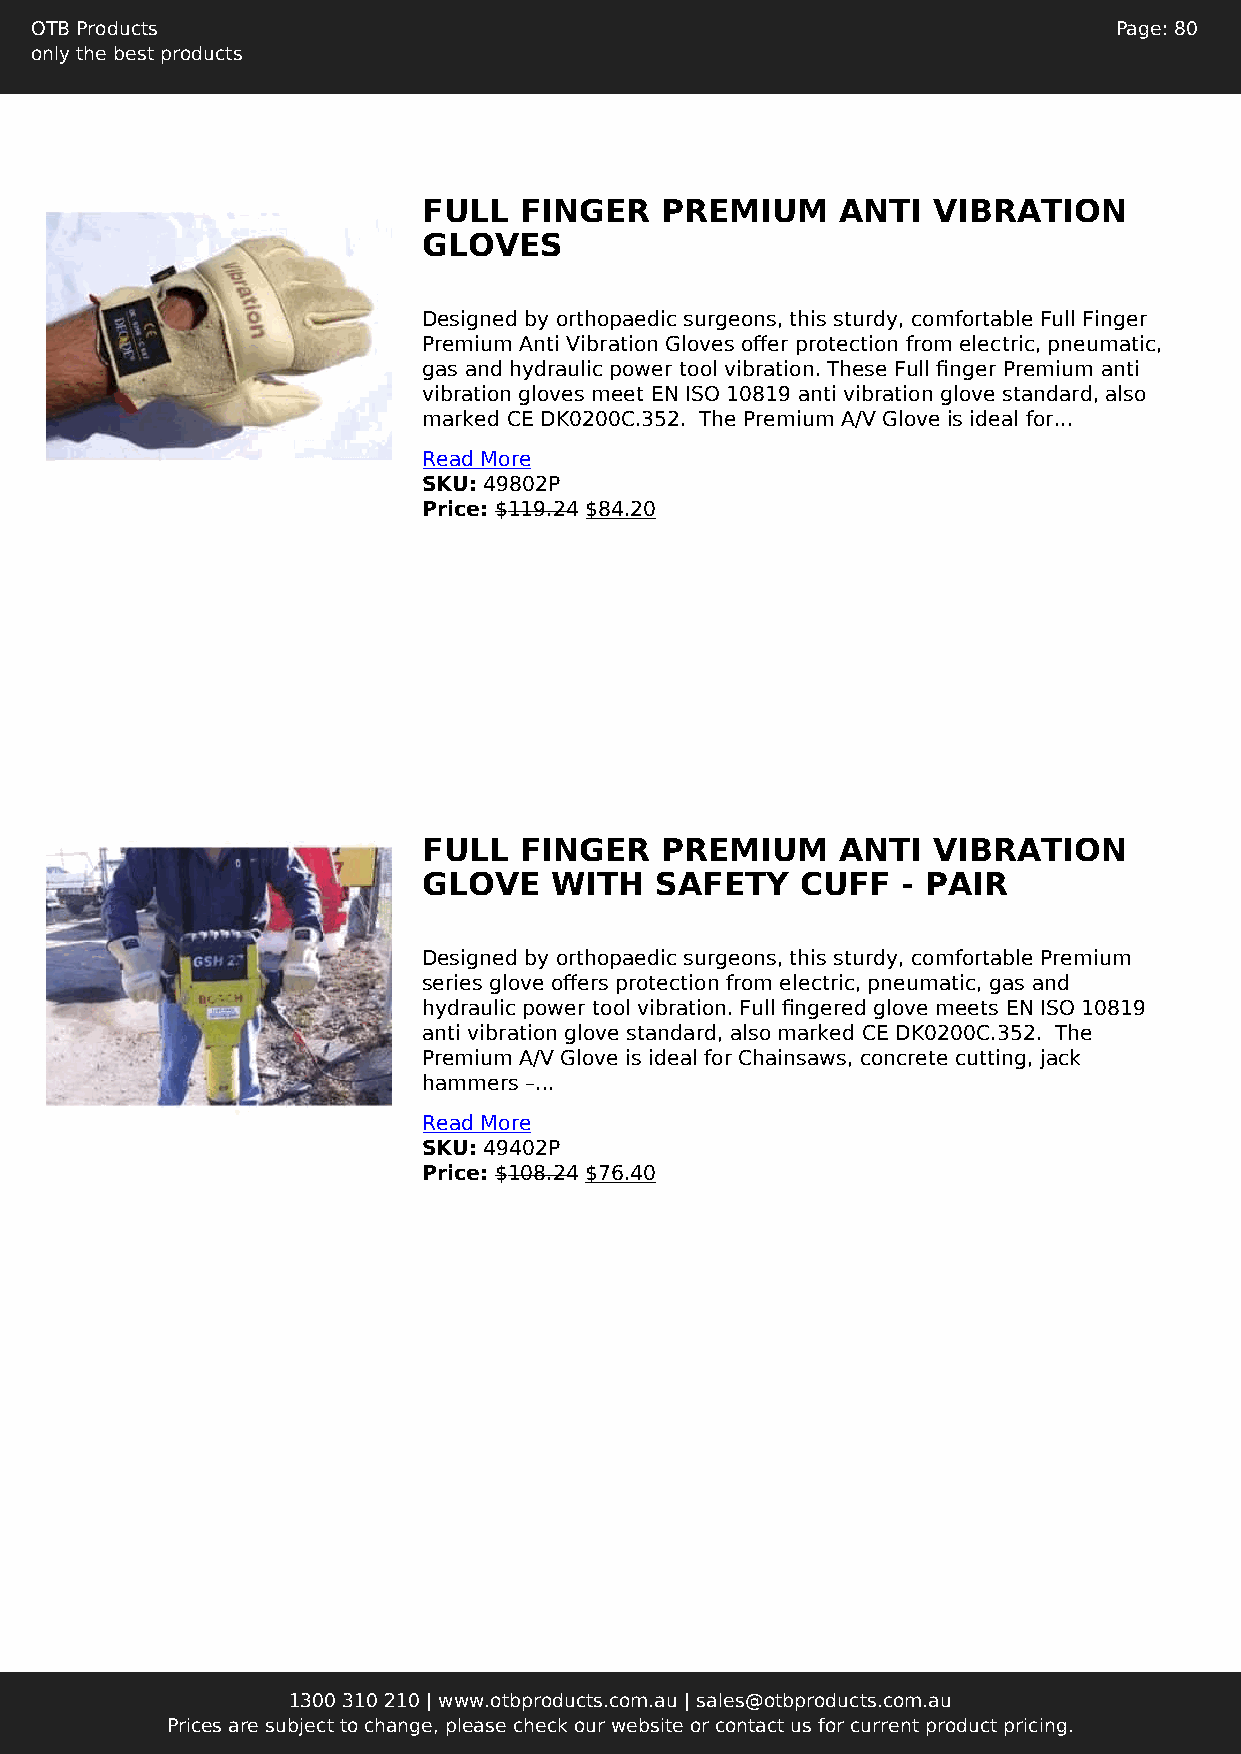
OTB Products                                                            Page: 80
 only the best products
 FULL  FINGER    PREMIUM     ANTI  VIBRATION
 GLOVES
 Designed by orthopaedic surgeons, this sturdy, comfortable Full Finger
 Premium Anti Vibration Gloves offer protection from electric, pneumatic,
 gas and hydraulic power tool vibration. These Full finger Premium anti
 vibration gloves meet EN ISO 10819 anti vibration glove standard, also
 marked CE DK0200C.352. The Premium A/V Glove is ideal for...
 Read More
 SKU: 49802P
 Price: $119.24 $84.20
 FULL  FINGER    PREMIUM     ANTI  VIBRATION
 GLOVE   WITH   SAFETY    CUFF   - PAIR
 Designed by orthopaedic surgeons, this sturdy, comfortable Premium
 series glove offers protection from electric, pneumatic, gas and
 hydraulic power tool vibration. Full fingered glove meets EN ISO 10819
 anti vibration glove standard, also marked CE DK0200C.352. The
 Premium A/V Glove is ideal for Chainsaws, concrete cutting, jack
 hammers –...
 Read More
 SKU: 49402P
 Price: $108.24 $76.40
 1300 310 210 | www.otbproducts.com.au | sales@otbproducts.com.au
 Prices are subject to change, please check our website or contact us for current product pricing.